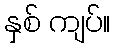
နှစ် ကျပ်။